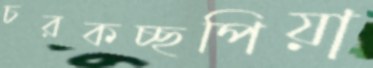
চরকচ্ছপিয়া